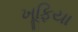
ખૂફિયા